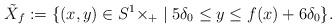
LaTeX: \begin{align*}\tilde{X}_{f}:=\{(x,y)\in S^{1}\times\real_+\mid 5\delta_{0}\le y\le f(x)+6\delta_{0}\}.\end{align*}